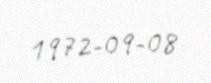
1972-09-08